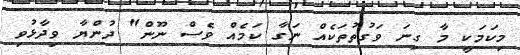
މިކަމަކީ މާ ގިނަ ވަގުތުތަކެއް ނަގާ ކަމެއް ވެސް ނޫން" ދުންޔާ ވިދާޅުވި